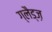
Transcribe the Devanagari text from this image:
ग्लैड्ज़